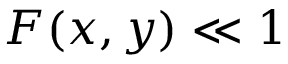
F ( x , y ) \ll 1